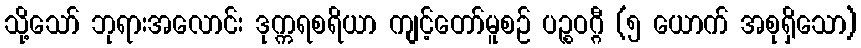
သို့သော် ဘုရားအလောင်း ဒုက္ကရစရိယာ ကျင့်တော်မူစဉ် ပဉ္စဝဂ္ဂီ (၅ ယောက် အစုရှိသော)